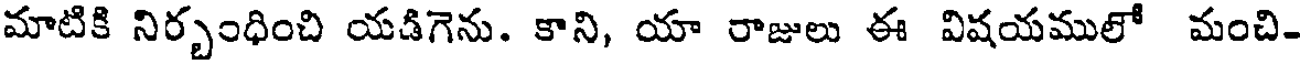
మాటికి నిర్బంధించి యడిగెను. కాని, యా రాజులు ఈ విషయములో మంచి-